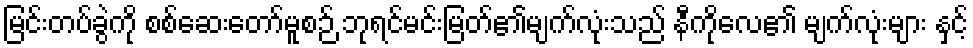
မြင်းတပ်ခွဲကို စစ်ဆေးတော်မူစဉ် ဘုရင်မင်းမြတ်၏မျက်လုံးသည် နီကိုလေ၏ မျက်လုံးများ နှင့်